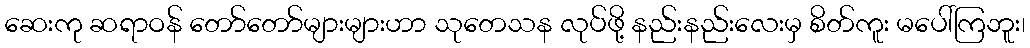
ဆေးကု ဆရာဝန် တော်တော်များများဟာ သုတေသန လုပ်ဖို့ နည်းနည်းလေးမှ စိတ်ကူး မပေါ်ကြဘူး၊